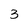
Character: 3